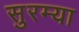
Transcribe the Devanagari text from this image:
सुरम्या